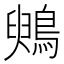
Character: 𪃪